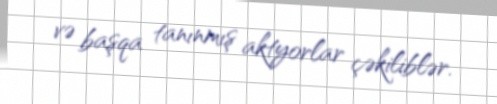
və başqa tanınmış aktyorlar çəkiliblər.